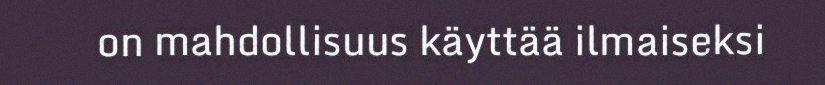
on mahdollisuus käyttää ilmaiseksi